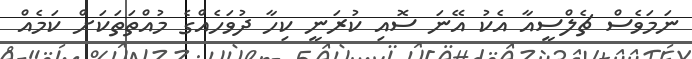
ނަމަވެސް ޗެލްސީއާ އެކު އޭނަ ސޮއި ކުރަނީ ކިހާ ދުވަހެއްގެ މުއްތަތަކަށް ކަމެއް